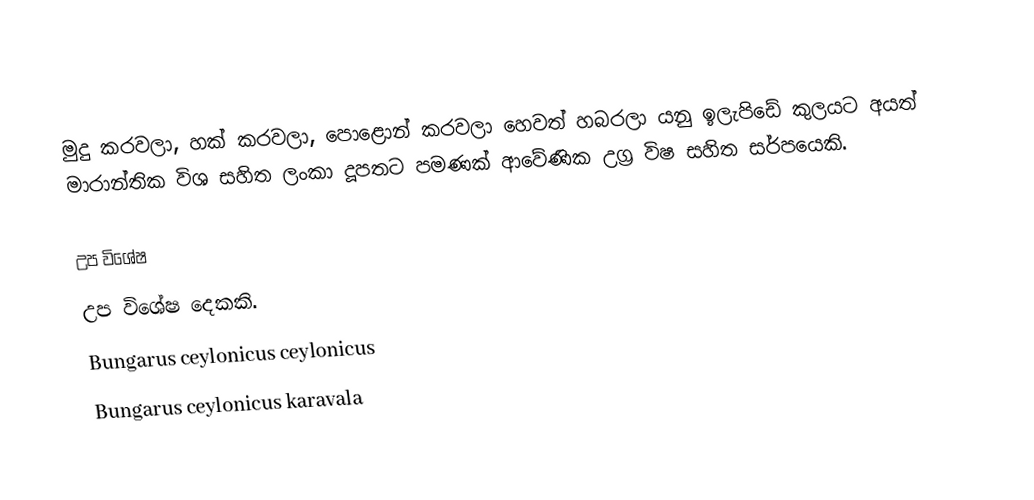
මුදු කරවලා, හක් කරවලා, පොළොන් කරවලා හෙවත් හබරලා යනු ඉලැපිඩේ කුලයට අයත් මාරාන්තික විශ සහිත ලංකා දූපතට පමණක් ආවේණික උග්‍ර විෂ සහිත සර්පයෙකි.

උප විශේෂ
උප විශේෂ දෙකකි.
Bungarus ceylonicus ceylonicus
Bungarus ceylonicus karavala